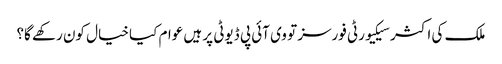
ملک کی اکثر سیکیورٹی فورسز تو وی آئی پی ڈیوٹی پر ہیں عوام کیا خیال کون رکھے گا؟